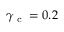
\gamma _ { \textup { c } } = 0 . 2